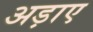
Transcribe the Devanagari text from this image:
अड़ाए